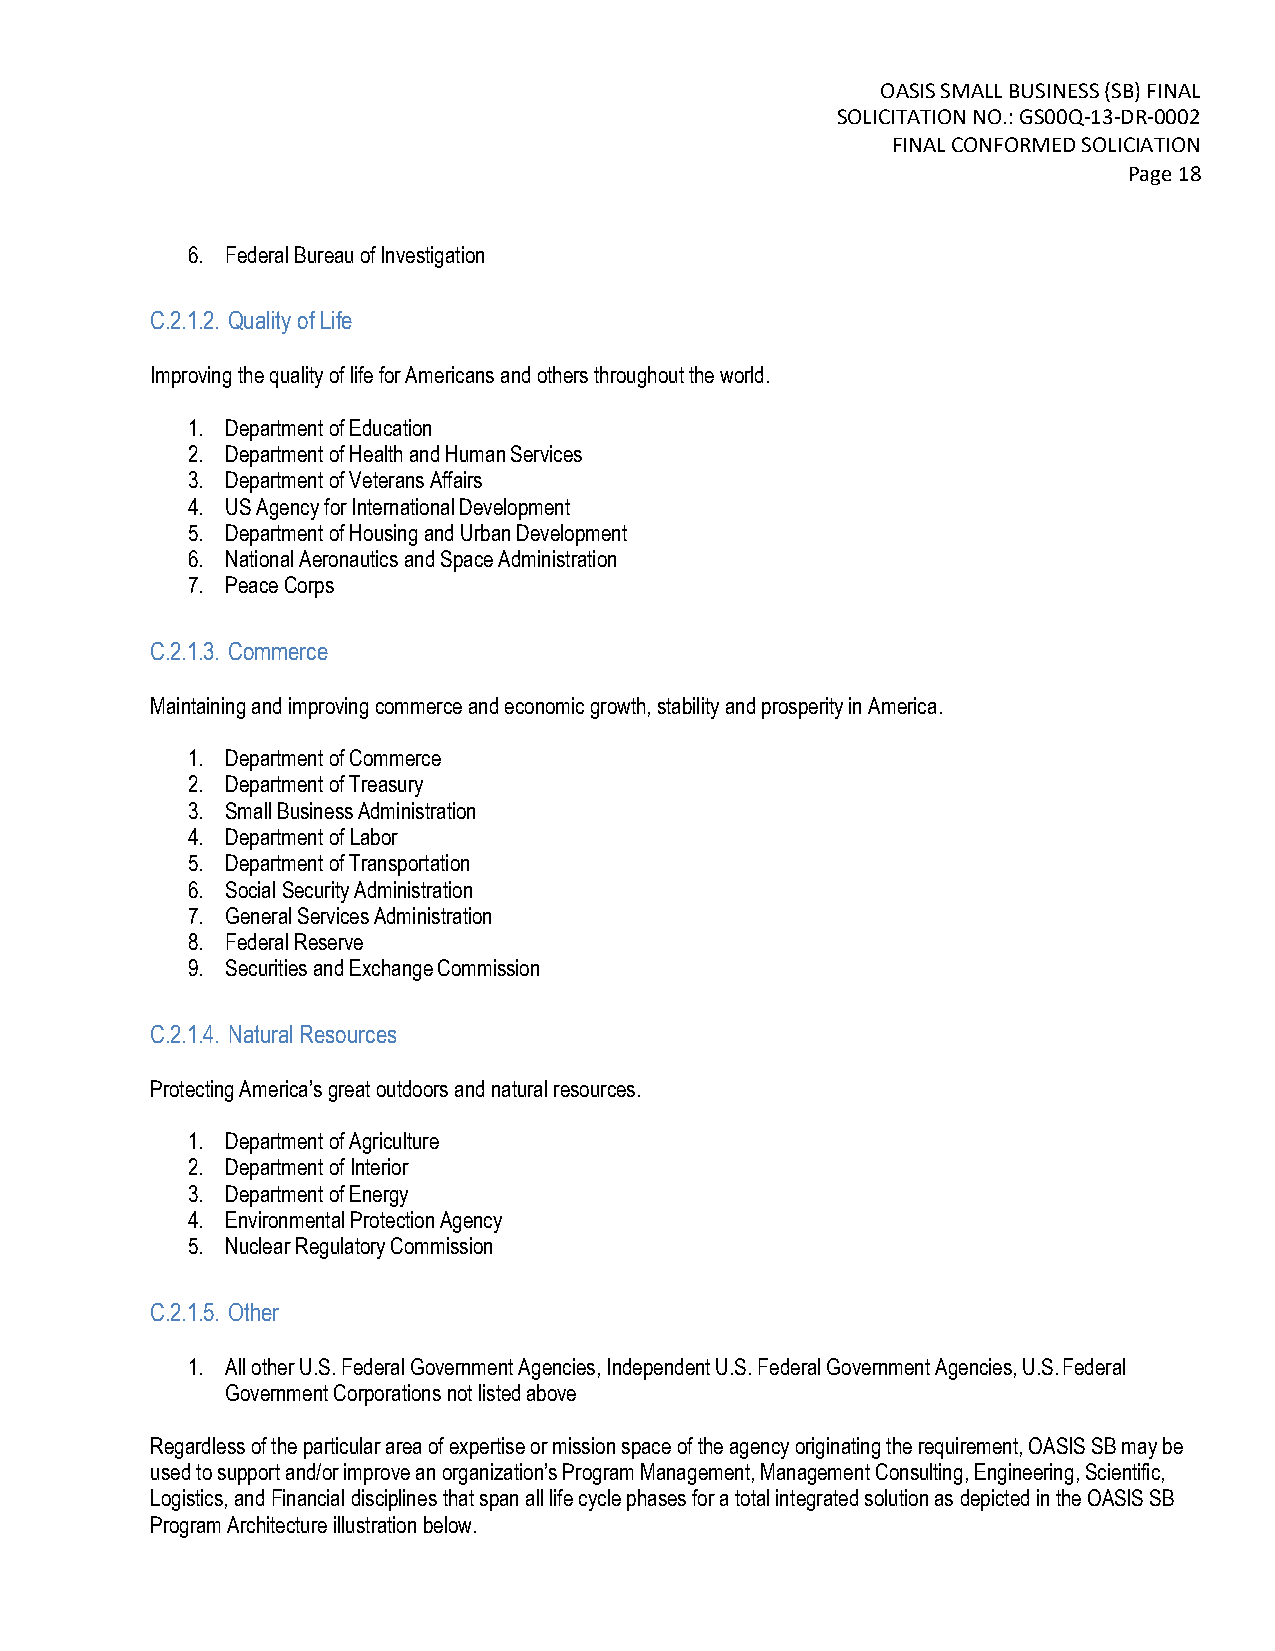
OASIS SMALL BUSINESS (SB) FINAL
 SOLICITATION NO.: GS00Q-13-DR-0002
 FINAL CONFORMED SOLICIATION
 Page 18
 6. Federal Bureau of Investigation
 C.2.1.2. Quality of Life
 Improving the quality of life for Americans and others throughout the world.
 1. Department of Education
 2. Department of Health and Human Services
 3. Department of Veterans Affairs
 4. US Agency for International Development
 5. Department of Housing and Urban Development
 6. National Aeronautics and Space Administration
 7. Peace Corps
 C.2.1.3. Commerce
 Maintaining and improving commerce and economic growth, stability and prosperity in America.
 1. Department of Commerce
 2. Department of Treasury
 3. Small Business Administration
 4. Department of Labor
 5. Department of Transportation
 6. Social Security Administration
 7. General Services Administration
 8. Federal Reserve
 9. Securities and Exchange Commission
 C.2.1.4. Natural Resources
 Protecting America’s great outdoors and natural resources.
 1. Department of Agriculture
 2. Department of Interior
 3. Department of Energy
 4. Environmental Protection Agency
 5. Nuclear Regulatory Commission
 C.2.1.5. Other
 1. All other U.S. Federal Government Agencies, Independent U.S. Federal Government Agencies, U.S. Federal
 Government Corporations not listed above
 Regardless of the particular area of expertise or mission space of the agency originating the requirement, OASIS SB may be
 used to support and/or improve an organization’s Program Management, Management Consulting, Engineering, Scientific,
 Logistics, and Financial disciplines that span all life cycle phases for a total integrated solution as depicted in the OASIS SB
 Program Architecture illustration below.